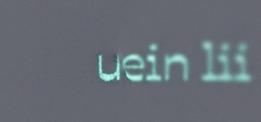
uáppein lii